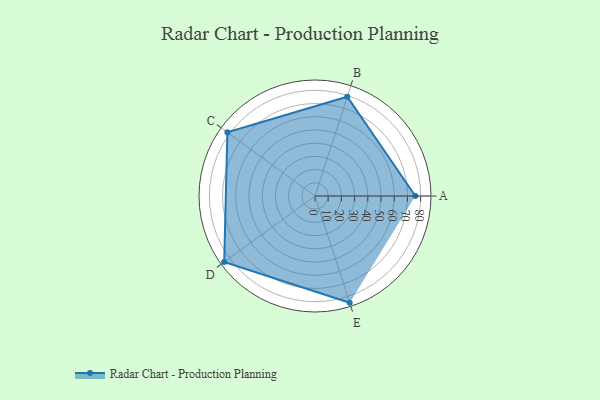
{"axis": {"x": "Skill", "y": "Score"}, "legend": ["Profile"], "data": [{"x": "A", "y": 76.0, "type": "Profile"}, {"x": "B", "y": 79.0, "type": "Profile"}, {"x": "C", "y": 82.0, "type": "Profile"}, {"x": "D", "y": 85.0, "type": "Profile"}, {"x": "E", "y": 85.0, "type": "Profile"}]}